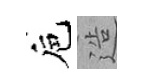
巵造